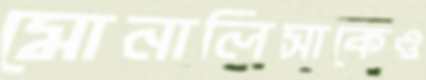
মোনালিসাকেও